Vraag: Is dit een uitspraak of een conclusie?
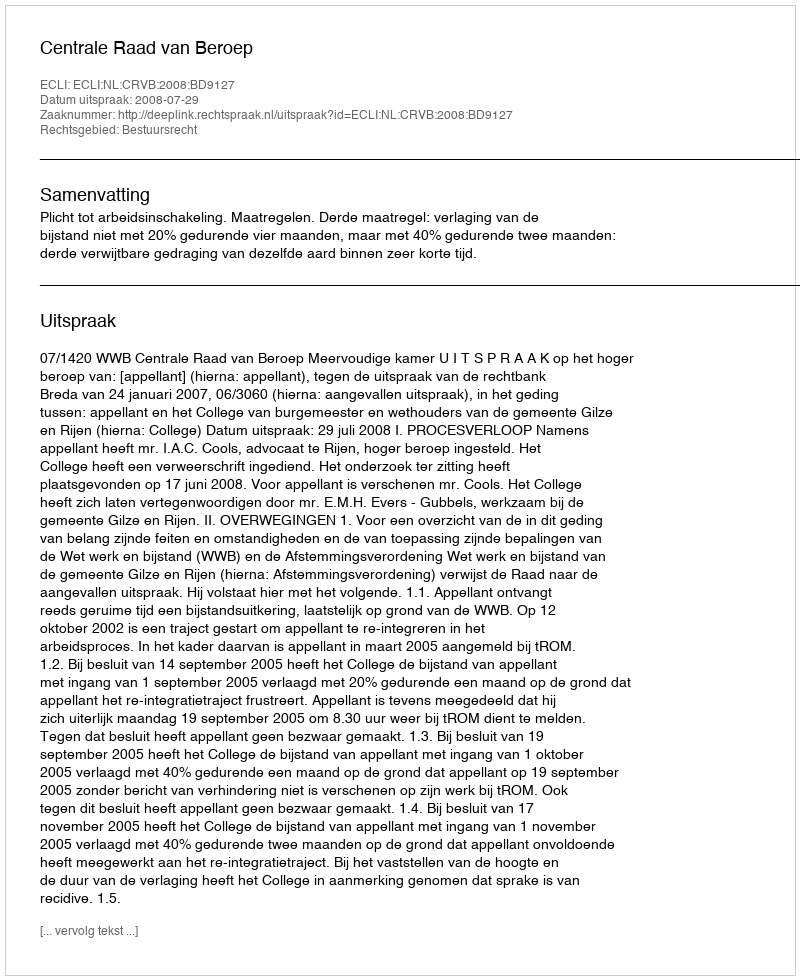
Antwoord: Uitspraak